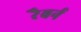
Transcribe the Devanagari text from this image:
रैबर्न